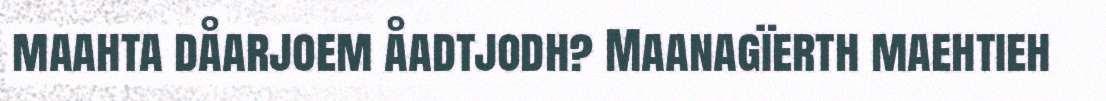
maahta dåarjoem åadtjodh? Maanagïerth maehtieh